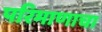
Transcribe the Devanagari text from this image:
परिमाणाचा